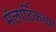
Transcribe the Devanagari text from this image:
मॅलार्टिकच्या